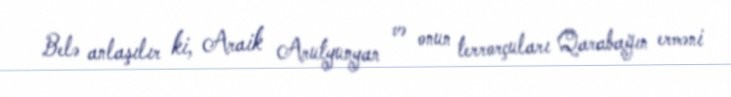
Belə anlaşılır ki, Araik Arutyunyan və onun terrorçuları Qarabağın erməni